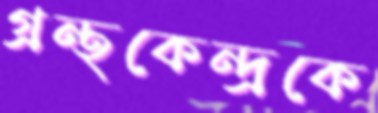
গ্রন্থকেন্দ্রকে